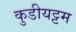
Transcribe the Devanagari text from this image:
कुडीयट्टम